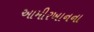
આમીરખાનના